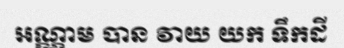
អណ្ណាម បាន វាយ យក ទឹកដី